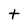
Character: t